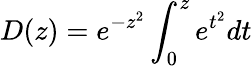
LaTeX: D(z)=e^{-z^{2}}\int_{0}^{z}e^{t^{2}}dt